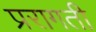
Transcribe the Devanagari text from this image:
प्ररागती